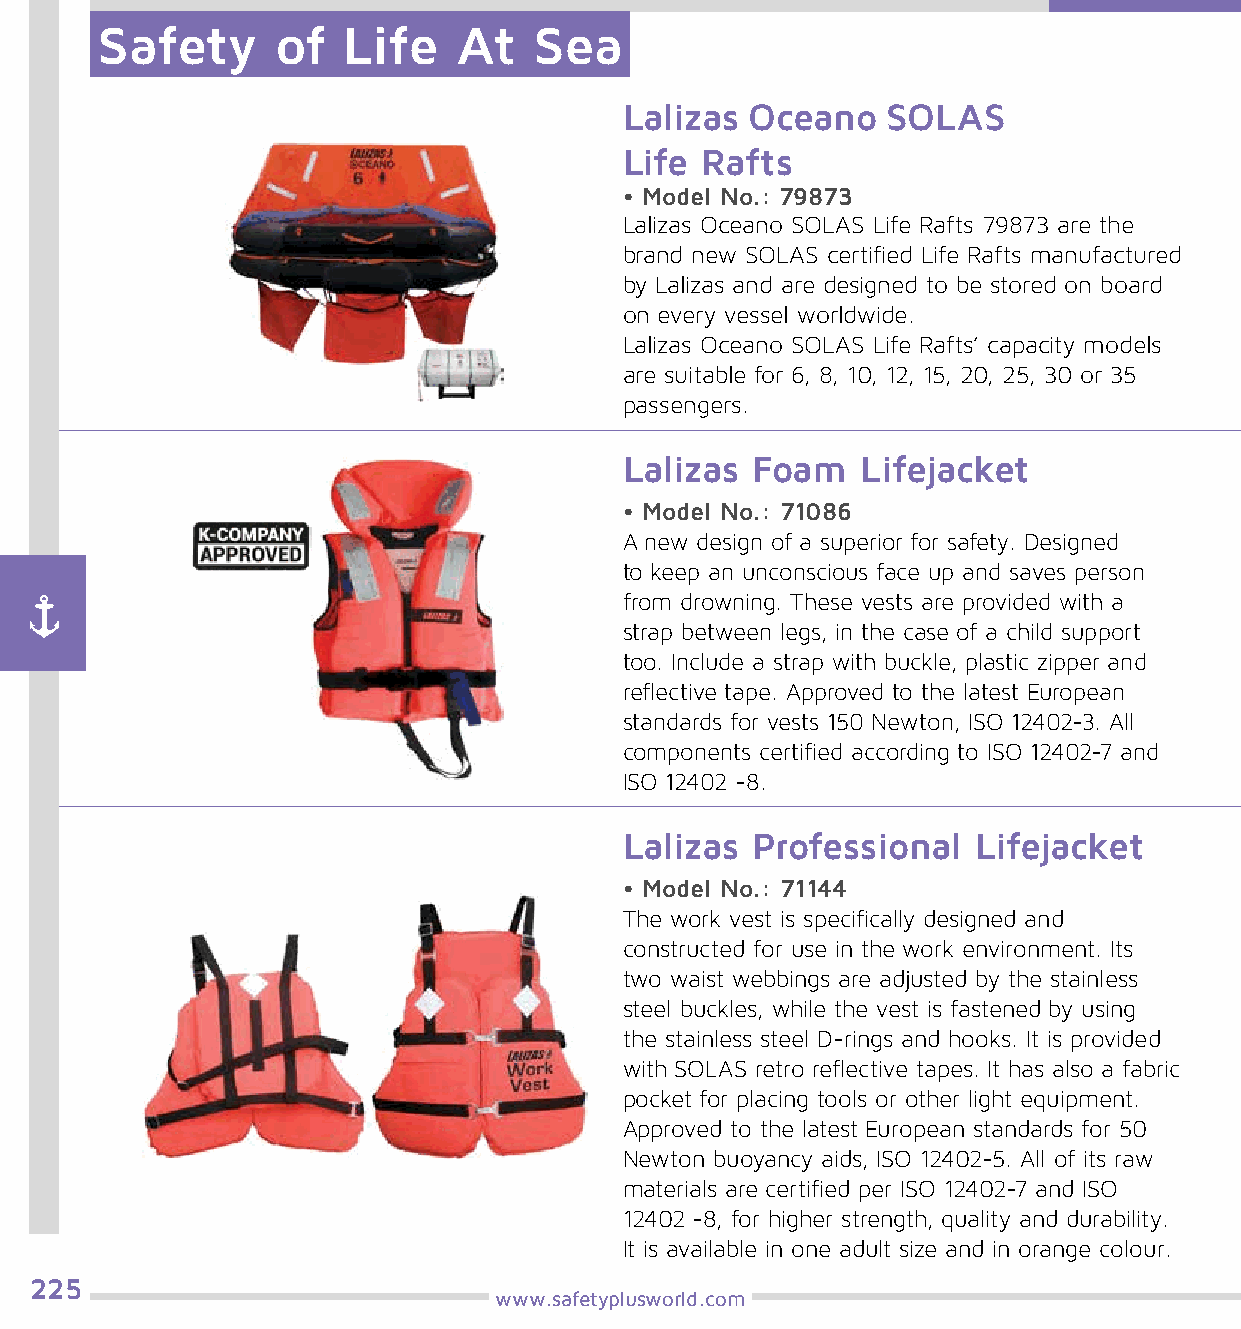
Safety      of   Life   At   Sea
 Lalizas  Oceano   SOLAS
 Life Rafts
 • Model No.: 79873
 Lalizas Oceano SOLAS Life Rafts 79873 are the
 brand new SOLAS certified Life Rafts manufactured
 by Lalizas and are designed to be stored on board
 on every vessel worldwide.
 Lalizas Oceano SOLAS Life Rafts’ capacity models
 are suitable for 6, 8, 10, 12, 15, 20, 25, 30 or 35
 passengers.
 Lalizas  Foam   Lifejacket
 • Model No.: 71086
 A new design of a superior for safety. Designed
 to keep an unconscious face up and saves person
 from drowning. These vests are provided with a
 strap between legs, in the case of a child support
 too. Include a strap with buckle, plastic zipper and
 reflective tape. Approved to the latest European
 standards for vests 150 Newton, ISO 12402-3. All
 components certified according to ISO 12402-7 and
 ISO 12402 -8.
 Lalizas  Professional   Lifejacket
 • Model No.: 71144
 The work vest is specifically designed and
 constructed for use in the work environment. Its
 two waist webbings are adjusted by the stainless
 steel buckles, while the vest is fastened by using
 the stainless steel D-rings and hooks. It is provided
 with SOLAS retro reflective tapes. It has also a fabric
 pocket for placing tools or other light equipment.
 Approved to the latest European standards for 50
 Newton buoyancy aids, ISO 12402-5. All of its raw
 materials are certified per ISO 12402-7 and ISO
 12402 -8, for higher strength, quality and durability.
 It is available in one adult size and in orange colour.
 225
 www.safetyplusworld.com